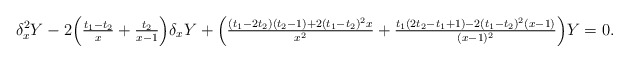
\begin{align*} \delta_x^2Y-2\Bigl( \tfrac{t_1-t_2}{x}+\tfrac{t_2}{x-1}\Bigr)\delta_xY+ \Bigl(\tfrac{(t_1-2t_2)(t_2-1)+2(t_1-t_2)^2x}{x^2} + \tfrac{t_1(2t_2-t_1+1)-2(t_1-t_2)^2(x-1)}{(x-1)^2}\Bigr)Y=0.\end{align*}